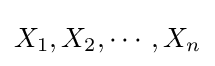
X_{1},X_{2},\cdots ,X_{n}